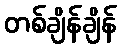
တစ်ချိန်ချိန်